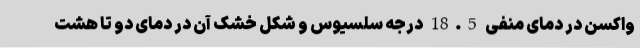
واکسن در دمای منفی 18.5 درجه سلسیوس و شکل خشک آن در دمای دو تا هشت